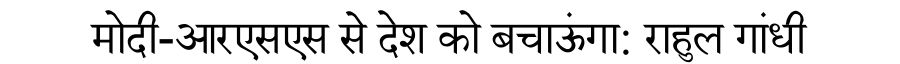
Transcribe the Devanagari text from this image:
मोदी-आरएसएस से देश को बचाऊंगा: राहुल गांधी